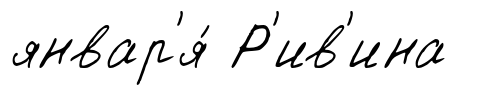
январ'я́ Р'ив'ина